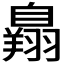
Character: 𦤥